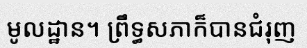
មូលដ្ឋាន។ ព្រឹទ្ធសភាក៏បានជំរុញ